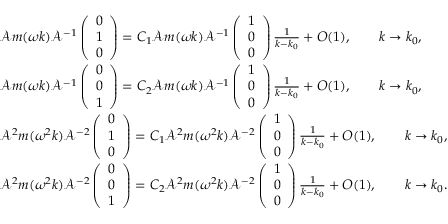
\begin{array} { r l } & { \mathcal { A } m ( \omega k ) \mathcal { A } ^ { - 1 } \left( \begin{array} { l } { 0 } \\ { 1 } \\ { 0 } \end{array} \right) = C _ { 1 } \mathcal { A } m ( \omega k ) \mathcal { A } ^ { - 1 } \left( \begin{array} { l } { 1 } \\ { 0 } \\ { 0 } \end{array} \right) \frac { 1 } { k - k _ { 0 } } + O ( 1 ) , \qquad k \to k _ { 0 } , } \\ & { \mathcal { A } m ( \omega k ) \mathcal { A } ^ { - 1 } \left( \begin{array} { l } { 0 } \\ { 0 } \\ { 1 } \end{array} \right) = C _ { 2 } \mathcal { A } m ( \omega k ) \mathcal { A } ^ { - 1 } \left( \begin{array} { l } { 1 } \\ { 0 } \\ { 0 } \end{array} \right) \frac { 1 } { k - k _ { 0 } } + O ( 1 ) , \qquad k \to k _ { 0 } , } \\ & { \mathcal { A } ^ { 2 } m ( \omega ^ { 2 } k ) \mathcal { A } ^ { - 2 } \left( \begin{array} { l } { 0 } \\ { 1 } \\ { 0 } \end{array} \right) = C _ { 1 } \mathcal { A } ^ { 2 } m ( \omega ^ { 2 } k ) \mathcal { A } ^ { - 2 } \left( \begin{array} { l } { 1 } \\ { 0 } \\ { 0 } \end{array} \right) \frac { 1 } { k - k _ { 0 } } + O ( 1 ) , \qquad k \to k _ { 0 } , } \\ & { \mathcal { A } ^ { 2 } m ( \omega ^ { 2 } k ) \mathcal { A } ^ { - 2 } \left( \begin{array} { l } { 0 } \\ { 0 } \\ { 1 } \end{array} \right) = C _ { 2 } \mathcal { A } ^ { 2 } m ( \omega ^ { 2 } k ) \mathcal { A } ^ { - 2 } \left( \begin{array} { l } { 1 } \\ { 0 } \\ { 0 } \end{array} \right) \frac { 1 } { k - k _ { 0 } } + O ( 1 ) , \qquad k \to k _ { 0 } . } \end{array}